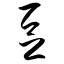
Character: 豆